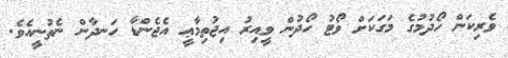
ވެރިކަން ހޯދުމުގެ މަގަކަށް ވޯޓު ހޯދުން ވީއިރު އިޖުތިމާޢީ އެޖެންޑާ ހަނދާން ނެތުނީއެވެ.